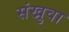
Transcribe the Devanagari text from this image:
संखुवा